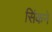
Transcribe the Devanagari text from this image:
सिंकने